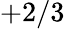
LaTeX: +2/3